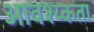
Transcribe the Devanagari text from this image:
आवश्य्कता